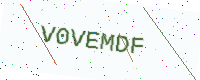
Text: V0VEMDF